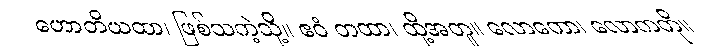
ဟောတိယထာ၊ ဖြစ်သကဲ့သို့။ ဧဝံ တထာ၊ ထို့အတူ။ လောကော၊ လောကကို။